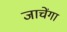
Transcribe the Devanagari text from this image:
जाचेंगा